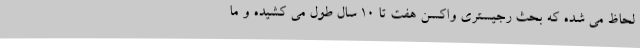
لحاظ می‌ شده که بحث رجیستری واکسن هفت تا 10 سال طول می‌ کشیده و ما